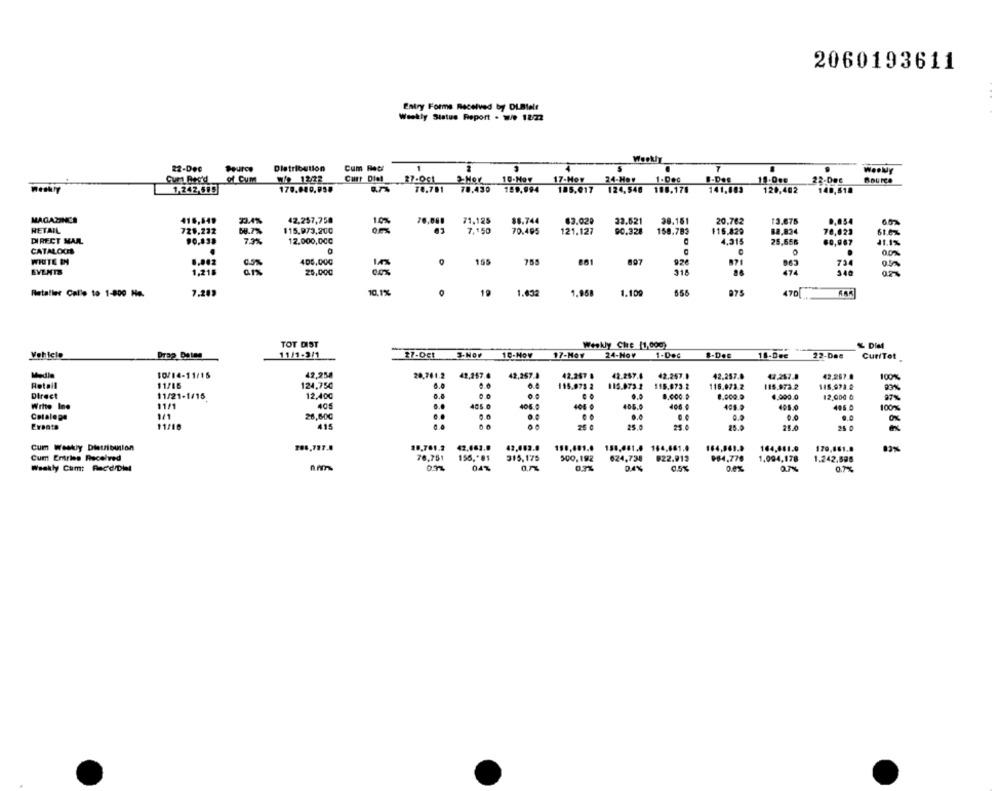
2060193611
...
Entry Forme Received by DLBelt
Weekly Status Report . W/e 1222
Weekly
Cum Recl
1
22-Dee
Distribution
Weekly
of Cum
Curr Diet
27.001
2Her 10-Moy
17-Moy
24-How
1.Dec
B-Des
22-Dec
BourCa
1.242,585
8.74
70.781
78.430
159,994
185.017
124,548 188.176
141,883
120,402
148,518
MAGAZINCS
416,549
23.4%
42,257,758
71,125
88.744
63.02₽
32.621
38.151
20.782
13.675
0,054
60%
RETAIL
721,232
68.7%
$15.973,200
7.150
90.328
158.783
115.829
70,023
70.495
121,127
DIRECT MAIL
73%
12.000,00€
4.315
25,656
50,967
11.1%
CATALOOS
00%
WIUTE IN
400,000
D
155
755
897
863
73.4
474
EVENTS
1,218
20,000
218
5.40
02
Retaller Calle to 1-800 No.
7.203
10,1%
19
1.032
1.968
1.109
656
975
470
TOT DIST
Weekly Cire (1,000)
« Dia
Vehicle
Drap Dates
11/1-3/1
27-Oct
3-Nov
10-Nov
17-Moy 24-Nov 1-Dec
&-Des
18-Dec
22-Dae
CuriTet
Media
10/14-11/15
42,258
20,761.2
42,257.6
42,257.8
42.267 8
42.287.6
42.257.0
42.257.8
42.267.8
42,267.0
100%
Retail
11/16
124,75€
115.075 2
115.073.2
115.973.2
116.073.2
115.972.2
116.971 ₽
93%
Direct
11/21-1/15
12,400
8.000.D
8.000.0
4.000.0
12,000 0
97%
Write Ine
11/1
405.0
406.0
400 0
405.0
408.
401.9
496 0
100%
Colalege
1/1
26,600
...
0.0
0%
Ersata
11/18
415
25 €
25.0
25.0
25.0
25.0
25 0
Cum Weekly Distribution
708,727.8
10,761.2
42,663.8
43,462.0
164,661.0
164.869.9
164,061.0
170,861.8
83%
Curt Entries Received
76.751
315,175
500,192
624,738
822.013
984,770
1.094,178
1.242,506
Weekly Cumt Rec'd/Die
0.31
04%
0.3%
D.4%
0.5%
0,0%
0.7%
0.7%